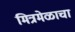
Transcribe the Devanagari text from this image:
मित्रमेळाचा